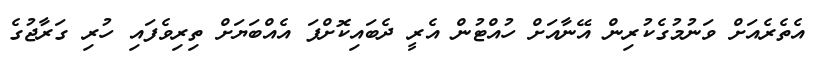
އެތެރެއަށް ވަނުމުގެކުރިން އޭނާއަށް ހުއްޓުން އެރީ ދެބައިކޮށްފަ އެއްބަޔަށް ތިރިވެފައި ހުރި ގަރާޖުގެ